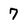
Character: 7